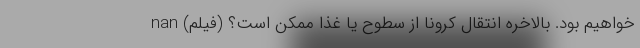
خواهیم بود. بالاخره انتقال کرونا از سطوح یا غذا ممکن است؟ (فیلم) nan